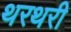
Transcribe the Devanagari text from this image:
थरथरी